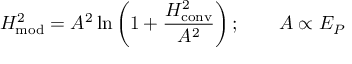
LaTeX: H _ { \mathrm { m o d } } ^ { 2 } = A ^ { 2 } \ln \left( 1 + { \frac { H _ { \mathrm { c o n v } } ^ { 2 } } { A ^ { 2 } } } \right) ; \qquad A \propto E _ { P }